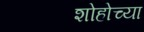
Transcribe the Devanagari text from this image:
शोहोच्या